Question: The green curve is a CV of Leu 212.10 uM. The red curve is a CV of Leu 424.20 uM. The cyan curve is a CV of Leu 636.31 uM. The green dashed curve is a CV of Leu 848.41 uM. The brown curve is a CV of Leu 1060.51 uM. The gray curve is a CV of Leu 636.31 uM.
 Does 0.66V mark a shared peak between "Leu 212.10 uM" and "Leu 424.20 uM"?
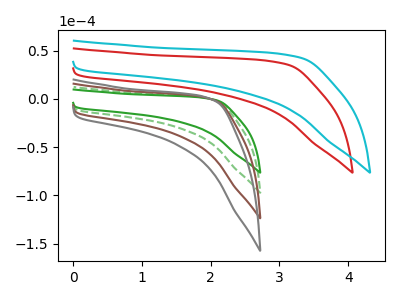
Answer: <think>The green curve "Leu 212.10 uM" has no peaks. The red curve "Leu 424.20 uM" has no peaks. The cyan curve "Leu 636.31 uM" has no peaks. The green dashed curve "Leu 848.41 uM" has no peaks. The brown curve "Leu 1060.51 uM" has no peaks. The gray curve "Leu 636.31 uM" has no peaks.</think>
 <answer>No, "Leu 212.10 uM" and "Leu 424.20 uM" dont share a peak at 0.66V.</answer>
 <eval>mismatch</eval>